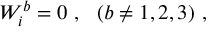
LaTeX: W _ { i } ^ { b } = 0 \ , \ \ ( b \ne 1 , 2 , 3 ) \ ,